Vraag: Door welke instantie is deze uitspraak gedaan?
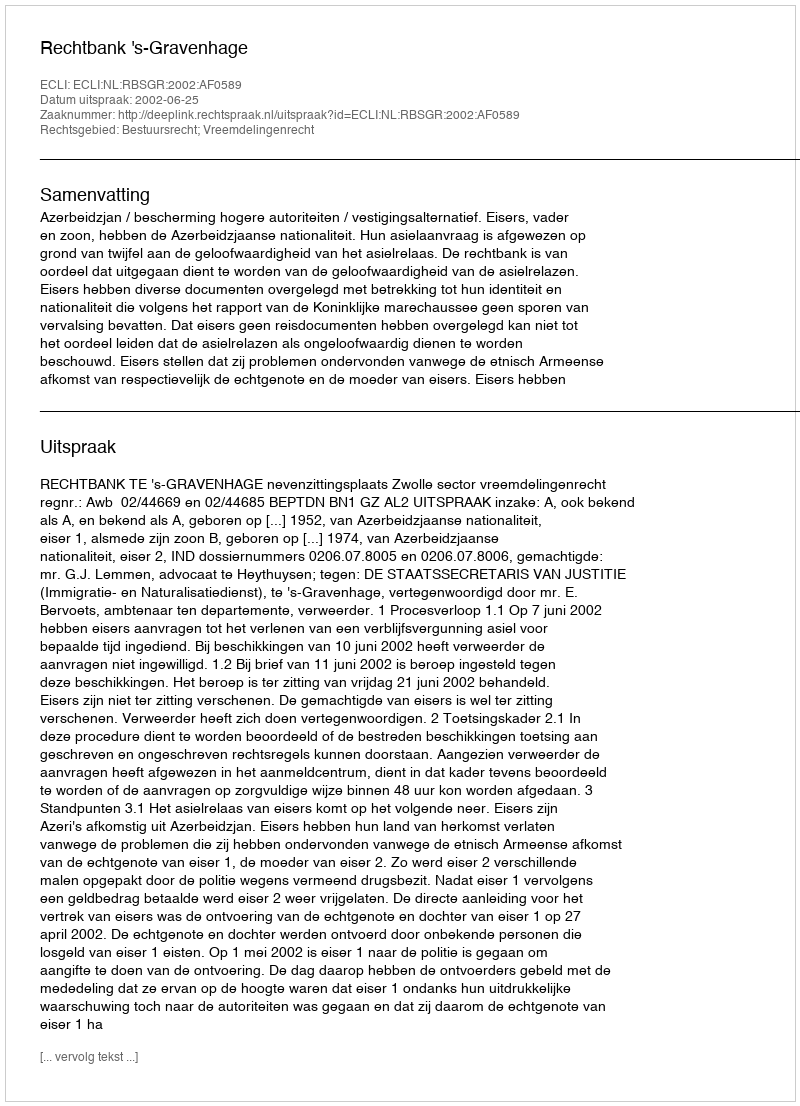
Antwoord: Rechtbank 's-Gravenhage